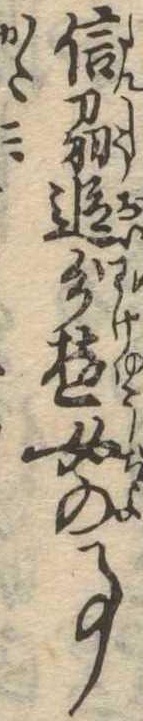
信刕追分遊女の事